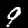
Digit: 9